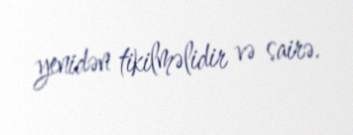
yenidən tikilməlidir və sairə.